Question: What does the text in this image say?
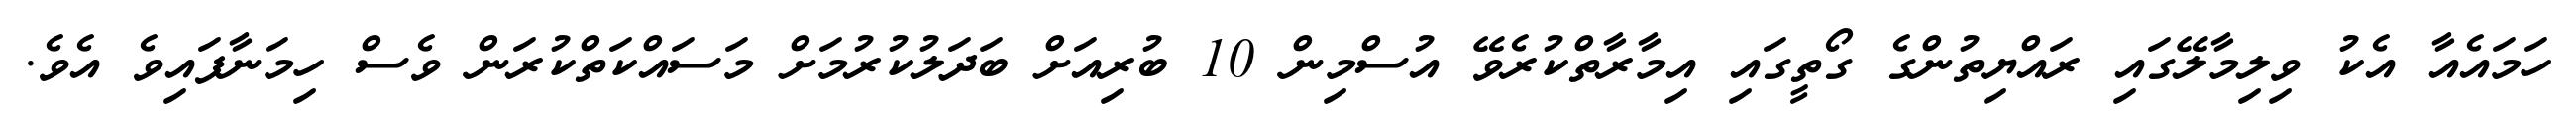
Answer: ހަމައެއާ އެކު ވިލިމާލޭގައި ރައްޔިތުންގެ ގޯތީގައި އިމާރާތްކުރެވޭ އުސްމިން 10 ބުރިއަށް ބަދަލުކުރުމަށް މަސައްކަތްކުރަން ވެސް ހިމަނާފައިވެ އެވެ.